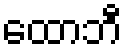
ထောဘီ